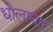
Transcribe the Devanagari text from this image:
धोलाधार